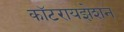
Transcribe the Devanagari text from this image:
कॉटरायझेशन